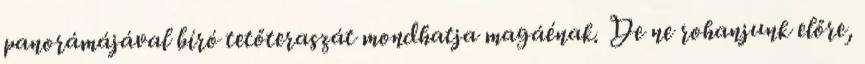
panorámájával bíró tetőteraszát mondhatja magáénak. De ne rohanjunk előre,